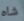
شاه